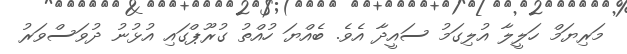
މަރިޔަމް ހަލީލާ އުލިގަމު ސައީދާ އެވެ. ބެއްޔަ ހުއްތު ގުރޫޕްގައި އުޅުނު ދުވަސްވަރު